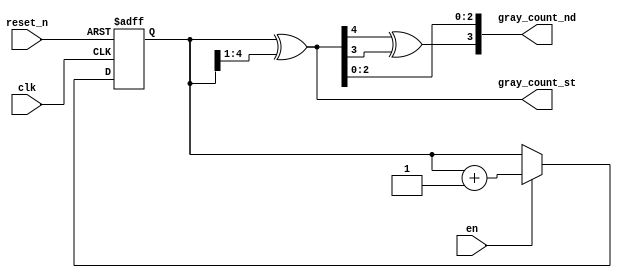
//`timescale 1ns / 1ps
module dg_counter #(parameter addr_size=4)(
    input clk,
    output [addr_size:0] gray_count_st,//Msb for cycle detction 
    output [addr_size-1:0] gray_count_nd,
    input reset_n,
    input en
    );
    
    reg [addr_size:0] Q_reg,Q_next ;
    wire _2nd_msb ;
    always @(posedge clk, negedge reset_n)
        begin
           if (~reset_n)
               Q_reg <= 'b0;
           else if(en)
               Q_reg <= Q_next;
           else Q_reg <= Q_reg ;
       end
       
       // Next state logic
       always @(Q_reg)
       begin
           Q_next <= Q_reg + 1;
       end
       
       //Output logic for gray convertion
       //n-bit gray output generation
    assign gray_count_st = Q_reg ^ (Q_reg >> 1);
    
        //logic for n-1 bit 
    assign _2nd_msb = gray_count_st[addr_size] ^gray_count_st[addr_size-1];
    assign gray_count_nd ={_2nd_msb,gray_count_st[addr_size-2:0]};
endmodule